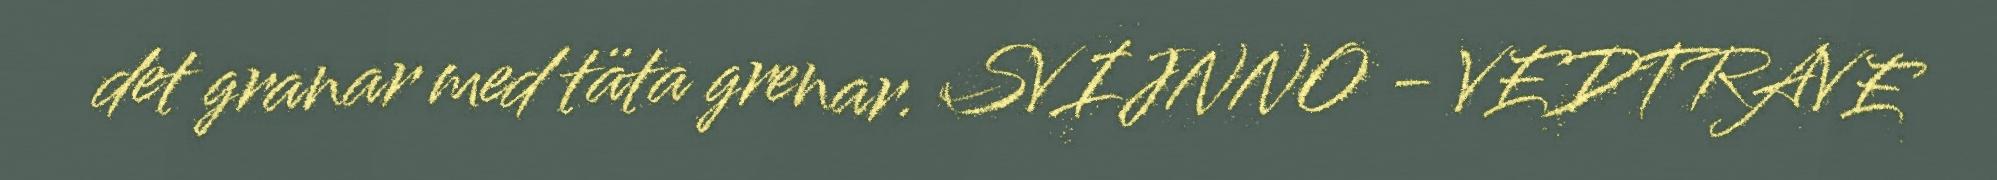
det granar med täta grenar. SVIJNNO - VEDTRAVE